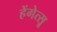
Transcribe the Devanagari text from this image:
हेंगेत्सू